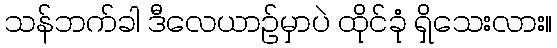
သန်ဘက်ခါ ဒီလေယာဉ်မှာပဲ ထိုင်ခုံ ရှိသေးလား။